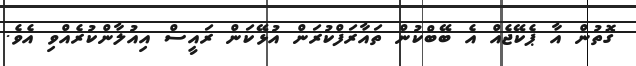
ގޮތުން އާ ޕެކޭޖެއް އެ ބޭބްކުން ތައާރަފްކުރަން އުޅޭކަން ރައީސް އިއުލާންކުރެއްވި އެވެ.